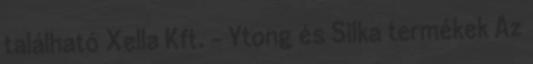
található Xella Kft. - Ytong és Silka termékek Az